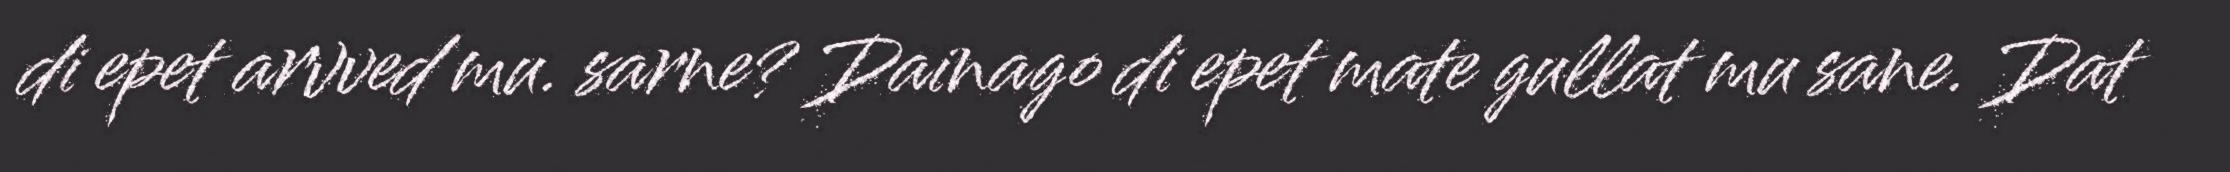
di epet arvved mu. sarne? Dainago di epet mate gullat mu sane. Dat